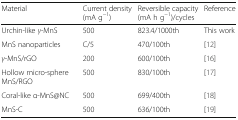
<table><thead><tr><td><b>Material</b></td><td><b>Current density (mA g<sup>−1</sup>)</b></td><td><b>Reversible capacity (mA h g<sup>−1</sup>)/cycles</b></td><td><b>Reference</b></td></tr></thead><tbody><tr><td>Urchin-like <i>γ</i>-MnS</td><td>500</td><td>823.4/1000th</td><td>This work</td></tr><tr><td>MnS nanoparticles</td><td>C/5</td><td>470/100th</td><td>[12]</td></tr><tr><td><i>γ</i>-MnS/rGO</td><td>200</td><td>600/100th</td><td>[16]</td></tr><tr><td>Hollow micro-sphere MnS/RGO</td><td>500</td><td>830/100th</td><td>[17]</td></tr><tr><td>Coral-like α-MnS@NC</td><td>500</td><td>699/400th</td><td>[18]</td></tr><tr><td>MnS-C</td><td>500</td><td>636/100th</td><td>[19]</td></tr></tbody></table>